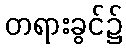
တရားခွင်၌